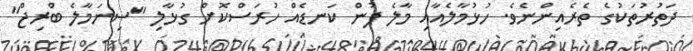
ދަތުރުތަކުގެ ތެރެއިންނެވެ. ހުޅުމާލެއާއި މާލެ ފުން ކަނޑެއް ހުރަސްކޮށް ގުޅާލި "ސިނަމާލެ ބްރިޖް"